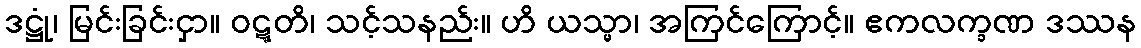
ဒဋ္ဌုံ၊ မြင်းခြင်းငှာ။ ဝဋ္ဋတိ၊ သင့်သနည်း။ ဟိ ယသ္မာ၊ အကြင်ကြောင့်။ ဧကလက္ခဏ ဒဿန